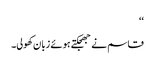
‘‘
قاسم نے جھجکتے ہوئے زبان کھولی۔